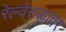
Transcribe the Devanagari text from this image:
रेल्वेरुळावर